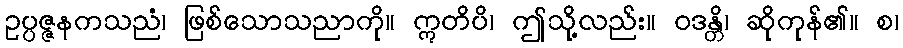
ဥပ္ပဇ္ဇနကသညံ၊ ဖြစ်သောသညာကို။ ဣတိပိ၊ ဤသို့လည်း။ ဝဒန္တိ၊ ဆိုကုန်၏။ စ၊